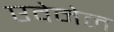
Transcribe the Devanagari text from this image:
एवेनेल